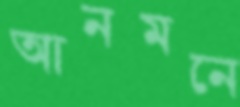
আনমনে